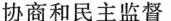
协商和民主监督